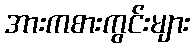
အားကစားကွင်းများ